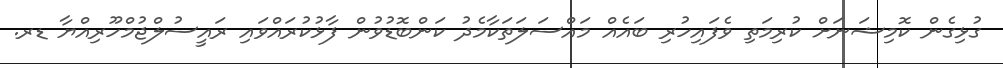
ގުޅިގެން ކޮމިޝަނަށް ކުރިމަތި ވެފައިހުރި ބައެއް މައްސަލަތަކާމެދު ކަންބޮޑުވުން ފާޅުކުރައްވައި ރައީސުލްޖުމްހޫރިއްޔާ ޑރ.